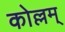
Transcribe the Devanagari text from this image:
कोल्लम्‌